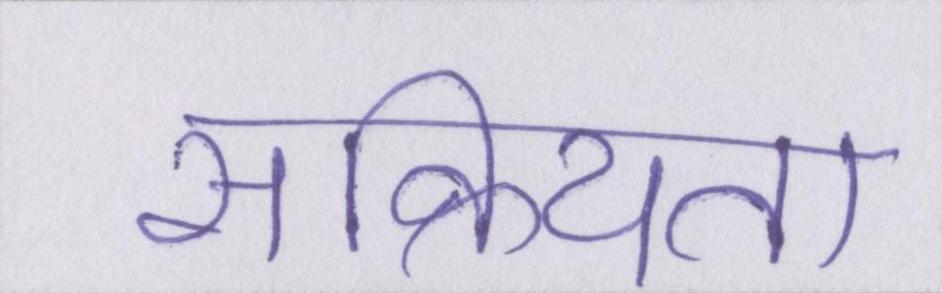
सक्रियता